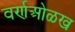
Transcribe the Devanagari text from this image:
वर्णओळख